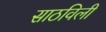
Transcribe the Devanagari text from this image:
साठविली